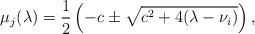
LaTeX: \begin{align*}\mu_j(\lambda)=\frac{1}{2}\left(-c\pm\sqrt{c^2+4(\lambda-\nu_i)}\right),\end{align*}